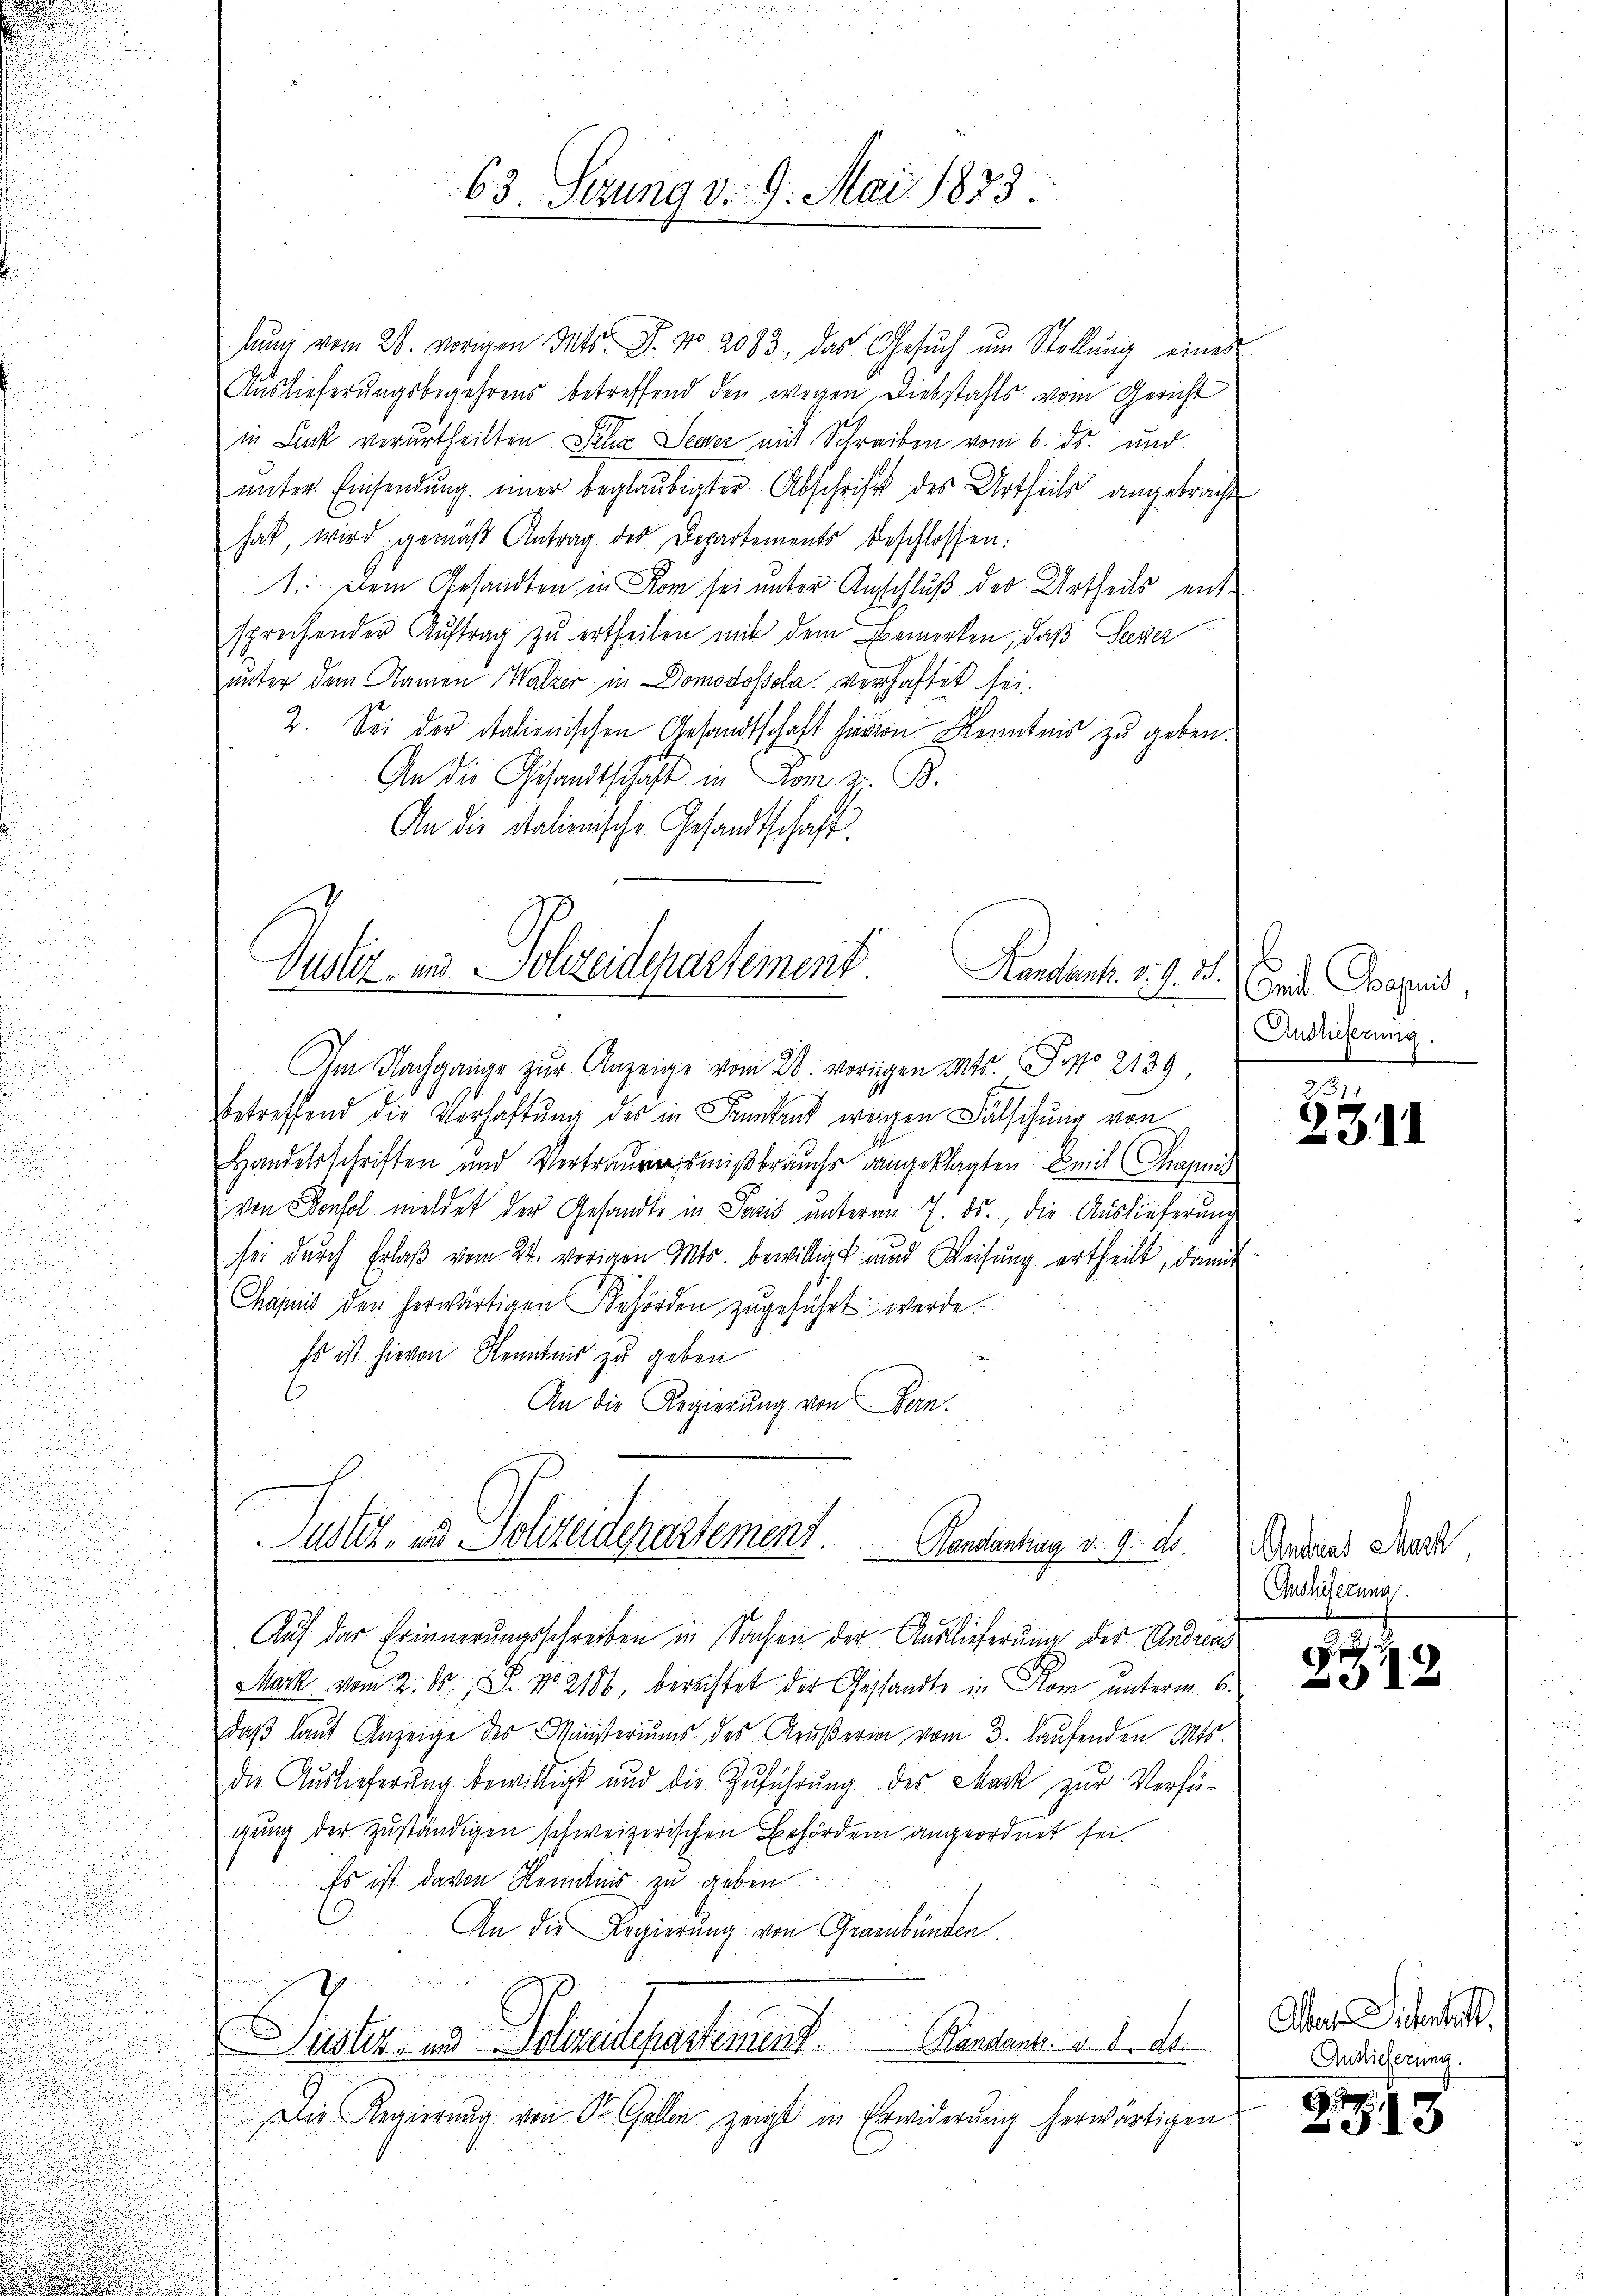
lŭng vom 28. vorigen Mts. S. No. 2083, das Gesŭch ŭm Stellŭng eines
Auslieferungsbegehrens betreffend den wegen Diebstahls vom Gericht
in Lack verurtheilten Pelia Seuer mit Schreiben vom 6. ds. und
unter Einsendung einer beglaubigter Abschrift des Urtheils angebracht
hat, wird gemäß Antrag des Departements beschlossen:
1. Dem Gesandten in Rom sei unter Anschluß der Urtheils entsprechender Auftrag zu ertheilen mit dem Bemerken, daß Seiner
unter dem Namen Walzer in Domodossola verhaftet sei.
2. Sei der italienischen Gesandtschaft hiervon Kenntnis zu geben.
An die Gesandtschaft in Rom z. B.
An die Stationische Gesandtschaft.

Justiz- und Polizeidepartement
Fundant. v. J. 18
e
Im Nachgange zur Anzeige vom 28. vorigen Mts. No 2139

betreffend die Verhaftung des in Krankens wegen Fälschung von
Handelsschriften und Vertrausmißbrauch dangeklagten Emil Ghannis
von Bonfol meldet der Gesandte in Paris unterm 7. ds. die Auslieferung
sei durch Erlaß vom 24. vorigen Mts. bewilligt und Weisung ertheilt, damit
Chäpnis den herwärtigen Behörden zŭgeführt werde.
Es ist hievon Kenntnis zu geben
E
An die Regierung von Bern.

ustiz- und Polizeidepartement. Handantrag v. 9. des
f 8 x

Auf das Erinnerungsschreiben in Sachen der Auslieferung des Andreas

63. Sezung v. 9. Mai 1883.

Mark vom 2. ds P. No. 2180 berichtet der Gestandte in Rom unterm 6.
i
daß laut Anzeige des Ministeriums des Aeußerin vom 3. laufenden Mts.
n
die Auslieferung bewilligt und die Zuführung des Mark zur Verfügung der zuständigen schweizerischen Behörden angeordnet sei.
Es ist davon Kenntnis zu geben
An die Regierŭng von Graubünden
u
Püsler, und Schreidepartement Randants. v. d. d.
Die Regierung von Dr. Gallen zeigt in Erwiderŭng herwärtigen

Mit Paquis
Auslieferung.

21311
2311

Andent Mark
Auslieferung.

E
312

Aar. Dientritt.
Auslieferung.

313